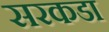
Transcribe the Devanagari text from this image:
सरकडा